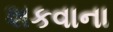
શકવાના